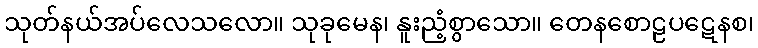
သုတ်နယ်အပ်လေသလော။ သုခုမေန၊ နူးညံ့စွာသော။ တေနစောဠပဋေနစ၊